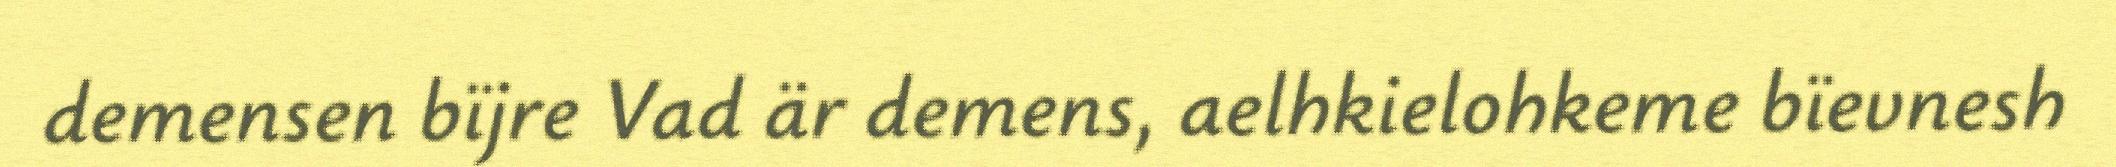
demensen bïjre Vad är demens, aelhkielohkeme bïevnesh